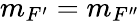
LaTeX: m_{F^{\prime}}=m_{F^{\prime\prime}}